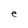
Character: e